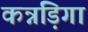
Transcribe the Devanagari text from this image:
कन्नड़िगा